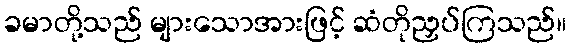
ခမာတို့သည် များသောအားဖြင့် ဆံတိုညှပ်ကြသည်။